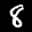
Label: 8